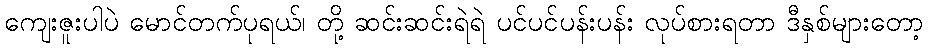
ကျေးဇူးပါပဲ မောင်တက်ပုရယ်၊ တို့ ဆင်းဆင်းရဲရဲ ပင်ပင်ပန်းပန်း လုပ်စားရတာ ဒီနှစ်များတော့